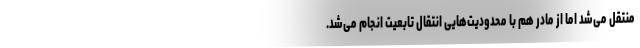
منتقل می‌شد اما از مادر هم با محدودیت‌هایی انتقال تابعیت انجام می‌شد.